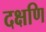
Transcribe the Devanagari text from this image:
दक्षणि